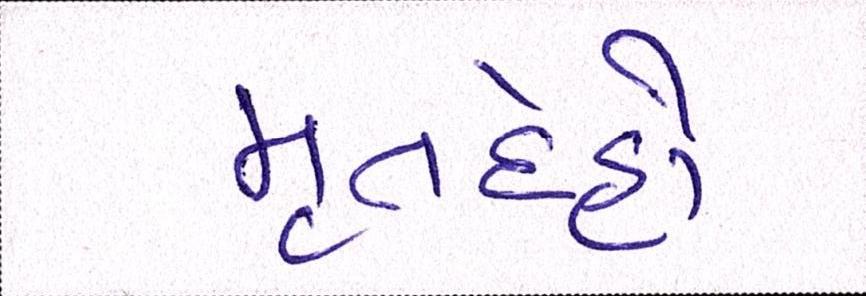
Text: મૃતેદહો